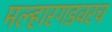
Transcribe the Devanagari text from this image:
मल्हारगडवरच